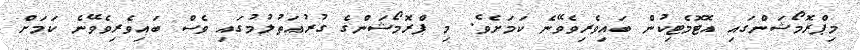
މިޕްރޮމޯޝަންގައި އޮޓޮމެޓިކުން ބައިވެރިވެވޭނެ ކަމަށެވެ. މި ޕްރޮމޯޝަންގެ ގުރުއަތުލުމުގައި ވެސް ބައިވެރިވެވޭނެ ކަމަށް